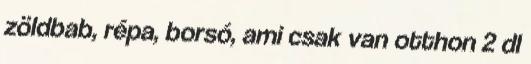
zöldbab, répa, borsó, ami csak van otthon 2 dl